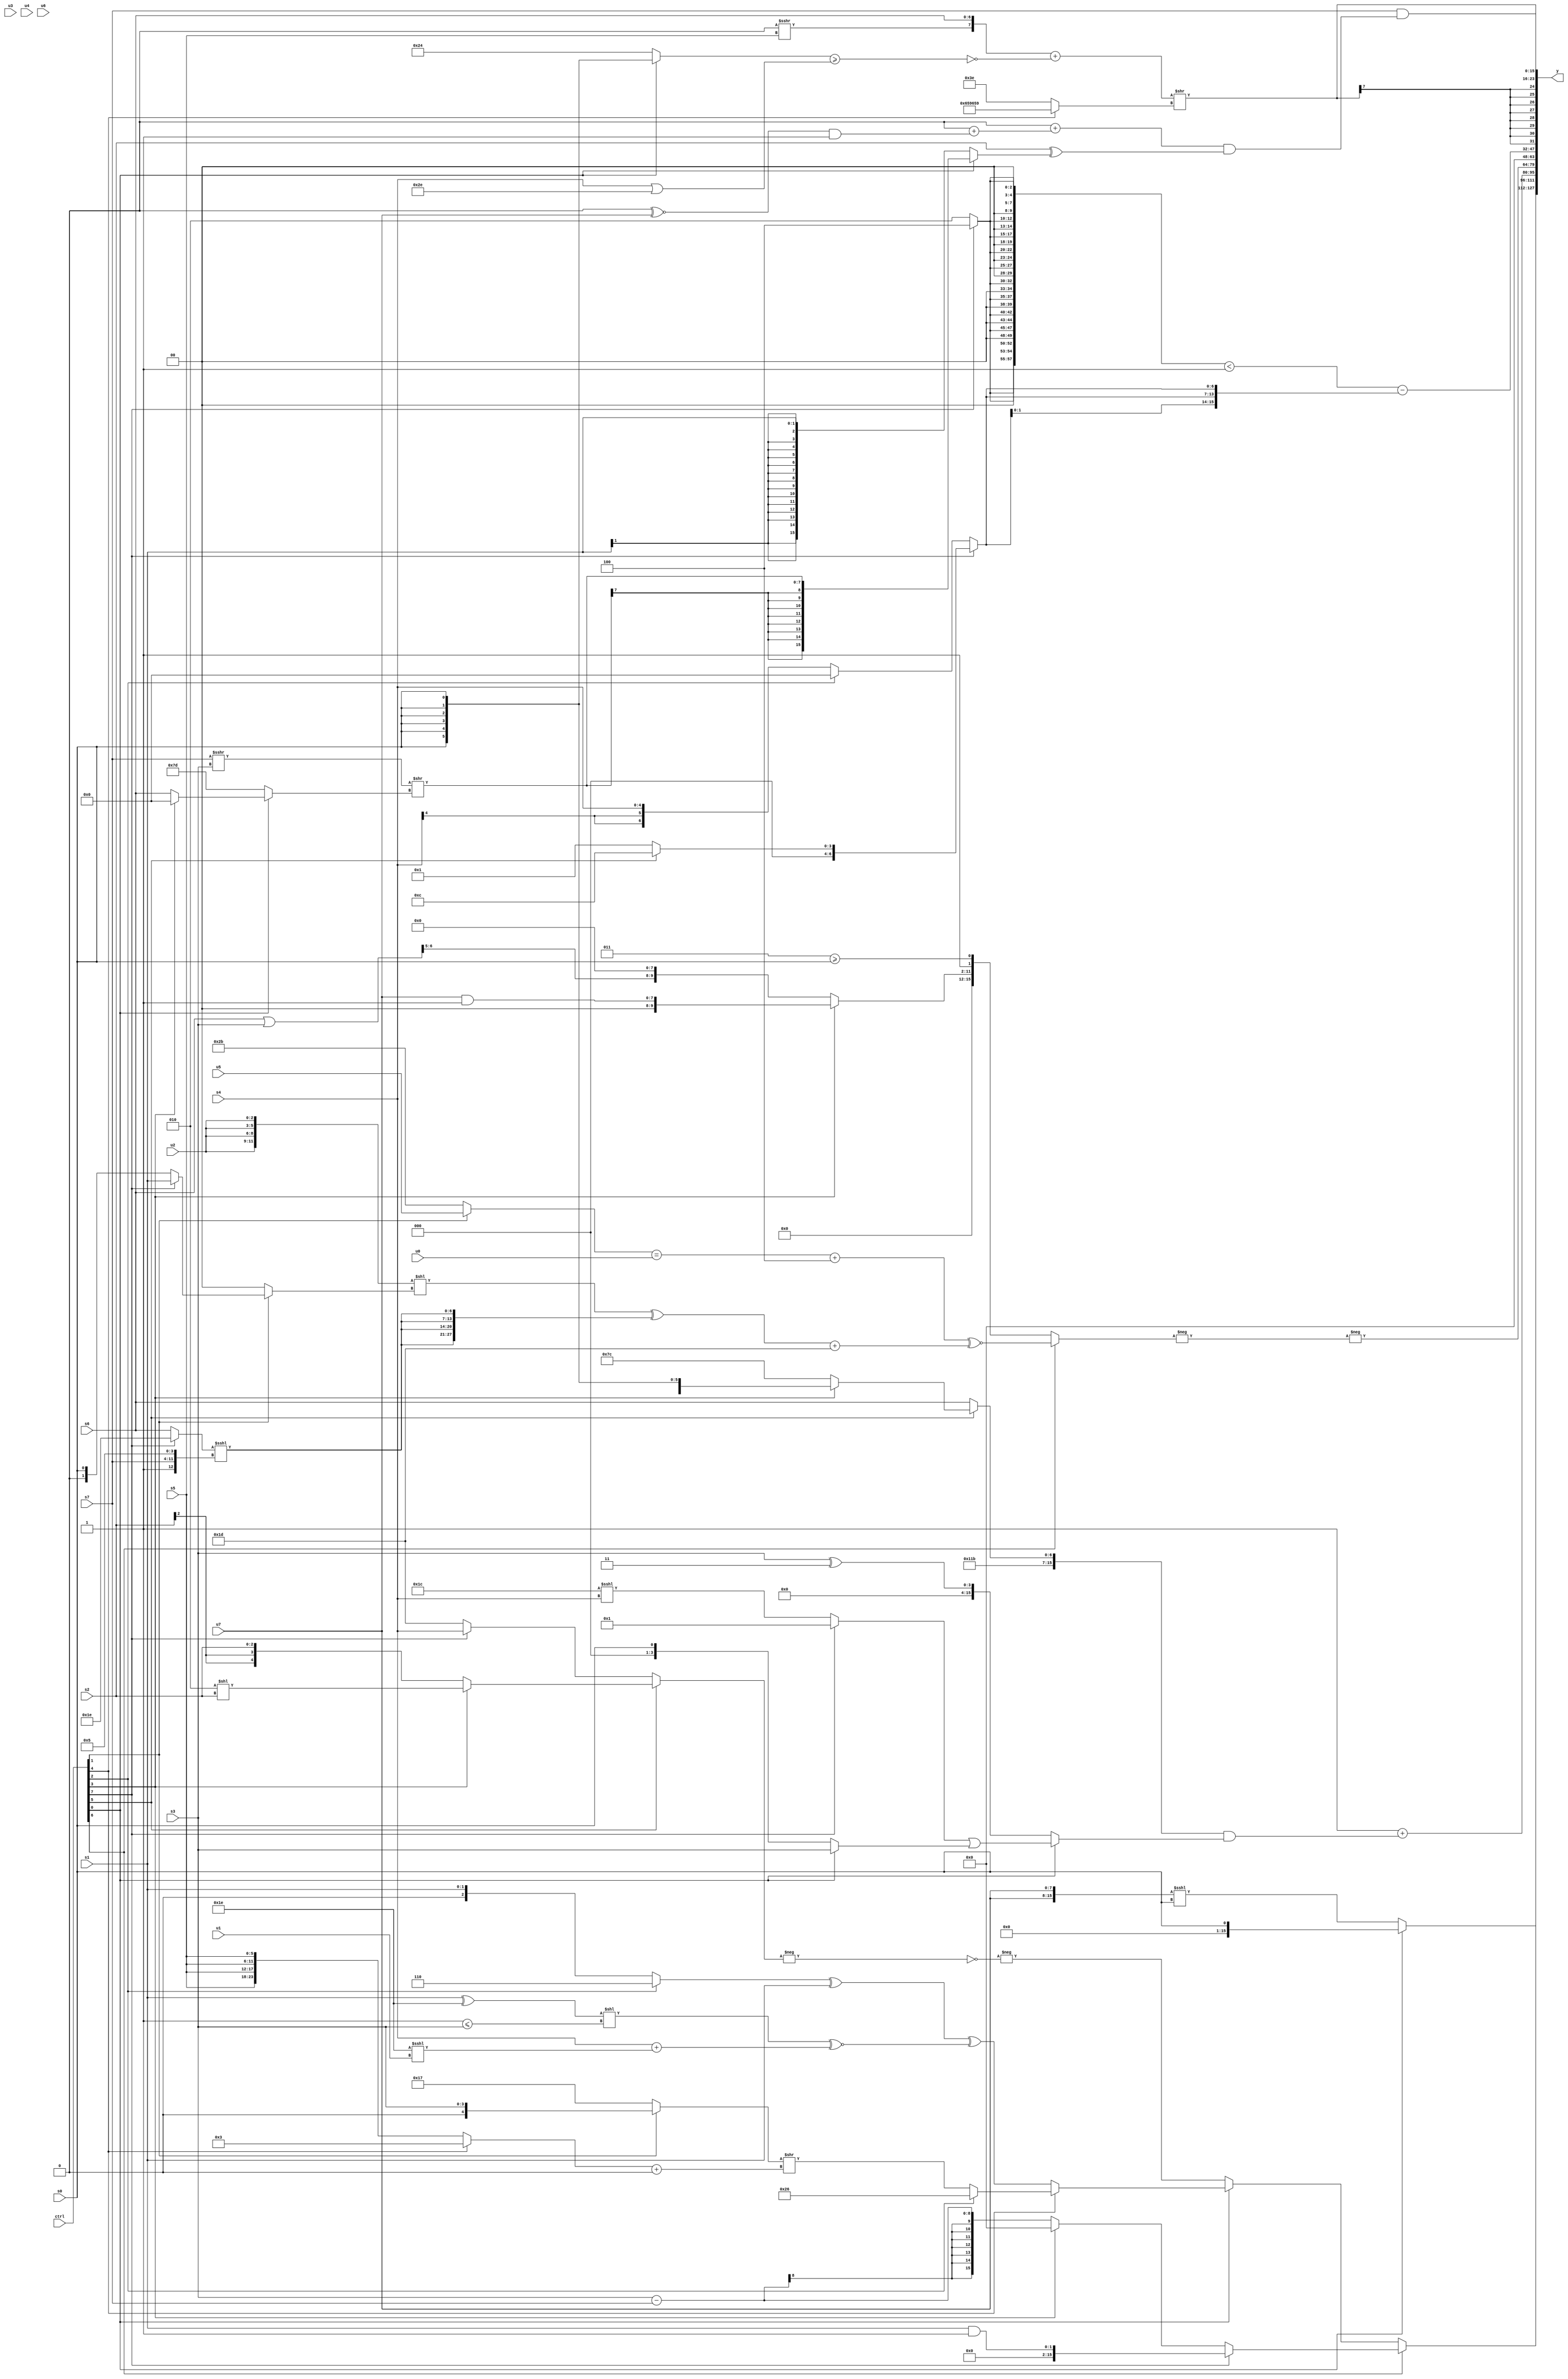
module wideexpr_00557(ctrl, u0, u1, u2, u3, u4, u5, u6, u7, s0, s1, s2, s3, s4, s5, s6, s7, y);
  input [7:0] ctrl;
  input [0:0] u0;
  input [1:0] u1;
  input [2:0] u2;
  input [3:0] u3;
  input [4:0] u4;
  input [5:0] u5;
  input [6:0] u6;
  input [7:0] u7;
  input signed [0:0] s0;
  input signed [1:0] s1;
  input signed [2:0] s2;
  input signed [3:0] s3;
  input signed [4:0] s4;
  input signed [5:0] s5;
  input signed [6:0] s6;
  input signed [7:0] s7;
  output [127:0] y;
  wire [15:0] y0;
  wire [15:0] y1;
  wire [15:0] y2;
  wire [15:0] y3;
  wire [15:0] y4;
  wire [15:0] y5;
  wire [15:0] y6;
  wire [15:0] y7;
  assign y = {y0,y1,y2,y3,y4,y5,y6,y7};
  assign y0 = (ctrl[6]?(ctrl[7]?(+(s1))&(2'sb01):(ctrl[3]?$signed((u4)<<(+(($signed(3'sb101))<<<((3'sb000)>>>(3'sb111))))):(s3)-(s7))):(ctrl[0]?(ctrl[4]?(ctrl[2]?6'sb100110:((ctrl[1]?(ctrl[7]?+(s3):s3):$signed(5'b10111)))>>(((ctrl[4]?2'b11:{4{s5}}))+($signed((s1)>>(3'b101))))):(((ctrl[2]?4'sb0110:$signed({1{s1}})))^(s1))^(((+((s1)^(5'b11110)))<<((3'sb111)<=(s3)))^~((s4)+((6'sb011110)<<<(u1))))):-(!(-((ctrl[5]?(ctrl[3]?(5'sb00010)<<(s2):$signed(s2)):(ctrl[7]?(ctrl[7]?s4:s0):3'sb101)))))));
  assign y1 = (ctrl[0]?s0:({2{u7}})<<<($signed(s0)));
  assign y2 = (1'b1)+(({{{(s0)>>(s2),(3'sb100)>(3'sb100),4'sb1110,u2},4'sb0100,6'sb011011},(ctrl[5]?(ctrl[3]?s0:$signed(3'sb100)):s6)})&((ctrl[0]?((ctrl[7]?1'sb1:(6'sb011100)<<<(s4)))|((ctrl[0]?s3:s0)):(ctrl[0]?(3'sb110)==($signed(3'sb110)):($unsigned(s3))^(3'sb011)))));
  assign y3 = -(-((ctrl[6]?($signed((((ctrl[1]?(ctrl[1]?u5:1'b1):6'sb101011))==(u0))+(4'b0100)))^~(((($unsigned({4{u2}}))<<((ctrl[1]?(ctrl[7]?s1:s0):2'b00)))^({4{((ctrl[7]?6'sb011110:s6))<<<({1'sb1,s7,4'sb0101})}}))+($signed(+(6'sb011101)))):{(ctrl[3]?($signed(u7))&(6'sb000001):(ctrl[3]?(ctrl[1]?((5'sb10101)-(s5))+(1'sb0):+({3'sb001,s7})):(((s6)|(s3))>>>({2'b00,6'sb000101}))<<<($signed((6'b101110)&(4'b1001))))),~^($signed(6'sb111001)),-(+({(3'sb011)>=(s0)}))})));
  assign y4 = +(((s2)>>>($signed(1'b1)))==({({{4{5'sb01100}},~|((ctrl[1]?5'sb10000:s7)),((3'sb000)>>>(3'b101))<<((u3)^(u4))})<<<($signed((~^(4'sb0110))>((6'b001010)>>(u7)))),$signed(-(3'sb010)),s7}));
  assign y5 = $signed((({4{+({3{(ctrl[7]?3'sb100:5'b00010)}})}})<($unsigned(1'sb1)))-({4{+({4{(ctrl[7]?$signed((ctrl[5]?5'sb01100:3'sb001)):(ctrl[2]?(s6)>>(4'sb1100):(s4)>>(3'sb000)))}})}}));
  assign y6 = $signed((({-((1'sb0)>>>(s5)),$signed($signed(s6))})+(!(((ctrl[0]?s0:6'sb100100))>=((s4)|(6'sb101110)))))>>((ctrl[4]?(ctrl[4]?{4{6'b011001}}:$signed(s2)):6'sb111110)));
  assign y7 = (s7)&(((1'sb0)+(((4'sb0000)<<<(1'sb0))+(+($signed(($signed((2'b00)^~(u7)))&(+((6'sb101000)>>>(4'sb1011))))))))&((s2)^((ctrl[0]?$signed(($signed($unsigned((s7)>>>(s3))))>>((ctrl[0]?+((ctrl[3]?6'sb000000:s6)):-(-(3'sb101))))):s1))));
endmodule